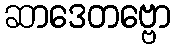
ဆာဒေတဗ္ဗော